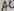
Text: A0